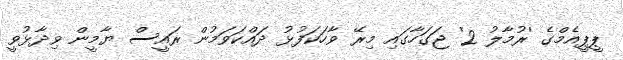
ޕީޕީއެމްގެ 'ރުމާލު 2' ޖަގަހާގައި މިރޭ ވާހަކަފުޅު ދައްކަވަމުން ރައީސް ޔާމީން ވިދާޅުވީ